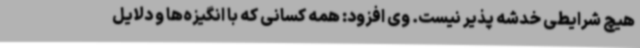
هیچ شرایطی خدشه پذیر نیست. وی افزود: همه کسانی که با انگیزه‌ها و دلایل